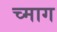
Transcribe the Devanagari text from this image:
च्माग